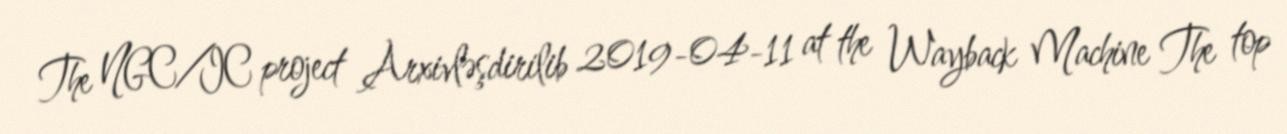
The NGC/IC project Arxivləşdirilib 2019-04-11 at the Wayback Machine The top